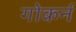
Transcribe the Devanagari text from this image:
गोकर्न